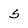
Character: 5